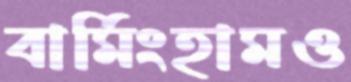
বার্মিংহামও